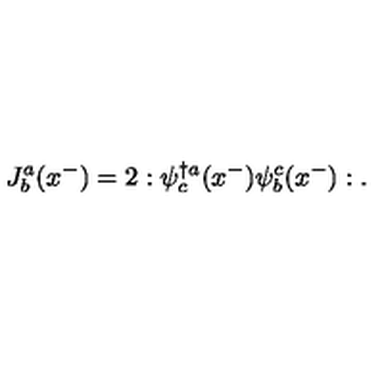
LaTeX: J _ { b } ^ { a } ( x ^ { - } ) = 2 : \psi _ { c } ^ { \dagger a } ( x ^ { - } ) \psi _ { b } ^ { c } ( x ^ { - } ) : .